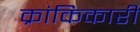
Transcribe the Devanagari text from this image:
क्रांकिकारी